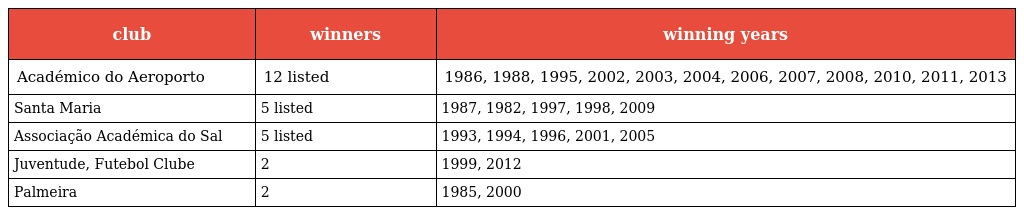
| club | winners | winning years |
 | --- | --- | --- |
 | Académico do Aeroporto | 12 listed | 1986, 1988, 1995, 2002, 2003, 2004, 2006, 2007, 2008, 2010, 2011, 2013 |
 | Santa Maria | 5 listed | 1987, 1982, 1997, 1998, 2009 |
 | Associação Académica do Sal | 5 listed | 1993, 1994, 1996, 2001, 2005 |
 | Juventude, Futebol Clube | 2 | 1999, 2012 |
 | Palmeira | 2 | 1985, 2000 |